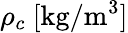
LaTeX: \rho_{c}~[\mathrm{kg}/\mathrm{m}^{3}]